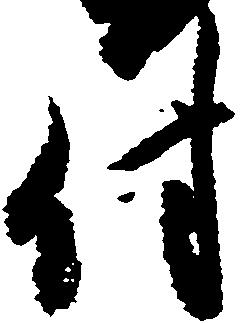
付